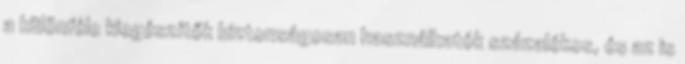
a különféle kiegészítők biztonságosan használhatók százalékos, és az is